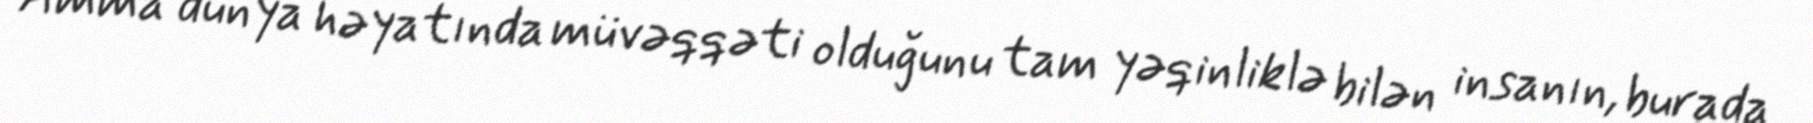
Amma dünya həyatında müvəqqəti olduğunu tam yəqinliklə bilən insanın, burada